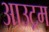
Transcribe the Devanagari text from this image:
आउट्रम